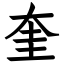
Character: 奎